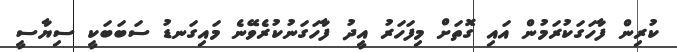
ކުރިން ފާހަގަކުރަމުން އައި ގޮތަށް މިފަހަރު އީދު ފާހަގަނުކުރެވޭނެ މައިގަނޑު ސަބަބަކީ ސިޔާސީ